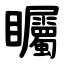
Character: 矚